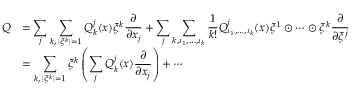
\begin{array} { r l } { Q } & { = \displaystyle { \sum _ { j } \sum _ { k , \, | \xi ^ { k } | = 1 } Q _ { k } ^ { j } ( x ) \xi ^ { k } \frac { \partial } { \partial x _ { j } } + \sum _ { j } \sum _ { k , \iota _ { 1 } , \ldots , \iota _ { k } } \frac { 1 } { k ! } Q _ { \iota _ { 1 } , \ldots , \iota _ { k } } ^ { j } ( x ) \xi ^ { 1 } \odot \cdots \odot \xi ^ { k } \frac { \partial } { \partial \xi ^ { j } } } } \\ & { = \displaystyle { \sum _ { k , \, | \xi ^ { k } | = 1 } \xi ^ { k } \left( \sum _ { j } Q _ { k } ^ { j } ( x ) \frac { \partial } { \partial x _ { j } } \right) + \cdots } } \end{array}